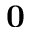
\mathbf { 0 }